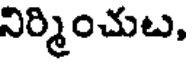
నిర్మించుట,